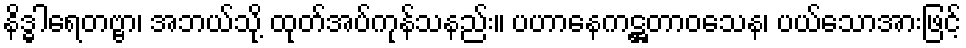
နိဒ္ဓါရေတဗ္ဗာ၊ အဘယ်သို့ ထုတ်အပ်ကုန်သနည်း။ ပဟာနေကဋ္ဌတာဝသေန၊ ပယ်သောအားဖြင့်